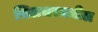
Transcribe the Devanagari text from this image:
सिलचरमधील